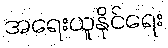
အရေးယူနိုင်ရေး